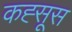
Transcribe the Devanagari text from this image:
कह्सूस